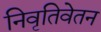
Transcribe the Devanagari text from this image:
निवृतिवेतन